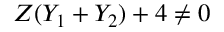
Z ( Y _ { 1 } + Y _ { 2 } ) + 4 \neq 0